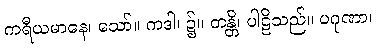
ကရီယမာနေ၊ သော်။ ကဒါ၊ ၌။ တန္တိ၊ ပါဠိသည်။ ပဂုဏာ၊